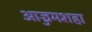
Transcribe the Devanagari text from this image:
आज्जमशहा